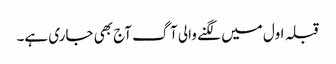
قبلہ اول میں لگنے والی آگ آج بھی جاری ہے۔